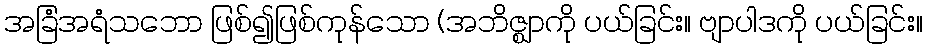
အခြံအရံသဘော ဖြစ်၍ဖြစ်ကုန်သော (အဘိဇ္ဈာကို ပယ်ခြင်း။ ဗျာပါဒကို ပယ်ခြင်း။